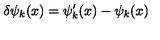
\delta \psi _ { k } ( x ) = \psi _ { k } ^ { \prime } ( x ) - \psi _ { k } ( x ) \,